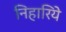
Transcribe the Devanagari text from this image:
निहारिये